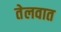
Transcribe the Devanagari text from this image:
तेलवात